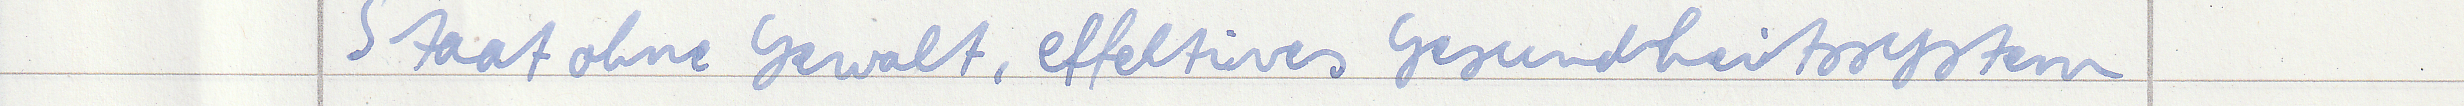
Staat ohne Gewalt, effektives Gesundheitssystem